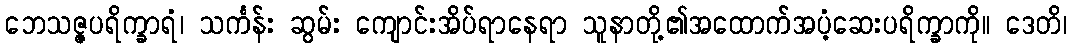
ဘေသဇ္ဇပရိက္ခာရံ၊ သင်္ကန်း ဆွမ်း ကျောင်းအိပ်ရာနေရာ သူနာတို့၏အထောက်အပံ့ဆေးပရိက္ခာကို။ ဒေတိ၊